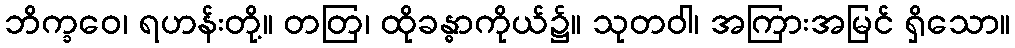
ဘိက္ခဝေ၊ ရဟန်းတို့။ တတြ၊ ထိုခန္ဓာကိုယ်၌။ သုတဝါ၊ အကြားအမြင် ရှိသော။